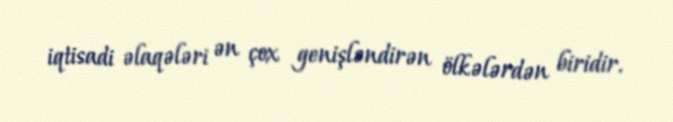
iqtisadi əlaqələri ən çox genişləndirən ölkələrdən biridir.